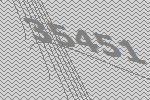
35451